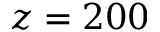
z = 2 0 0